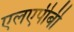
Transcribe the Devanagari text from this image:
एलएपीबी